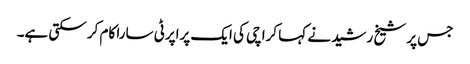
جس پر شیخ رشید نے کہا کراچی کی ایک پراپرٹی سارا کام کر سکتی ہے۔